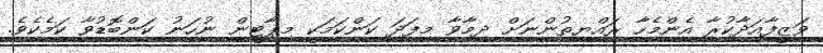
ވަޒީފާއަދާކުރާ އެންމެހާ ރައްޔިތުންނަށް ދިމާވާ މިފަދަ ކަންކަމަކީ މިޕާޓީން ނުހަނު ކަންބޮޑުވާ ކަމެކެވެ.